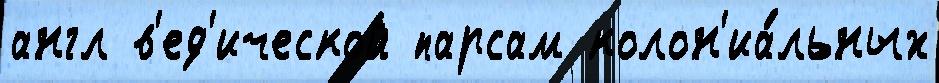
англ в'ед'ической парсам колон'иа́льных